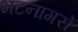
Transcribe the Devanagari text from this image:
भटनागरों